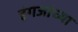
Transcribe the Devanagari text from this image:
इंगजांच्या